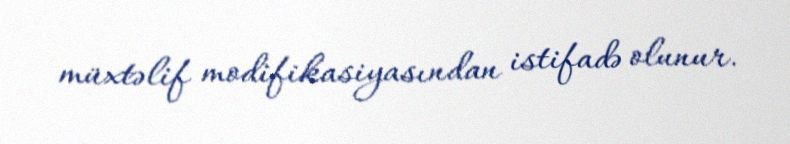
müxtəlif modifikasiyasından istifadə olunur.